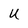
Character: U